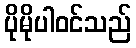
ပိုမိုပါဝင်သည်